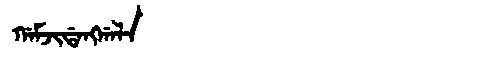
Manchu: ᡤᠠᠮᠵᡳᡩᠠᠩᡤᠠᠯᠠ
Romanization: GAMJIDANGGALA